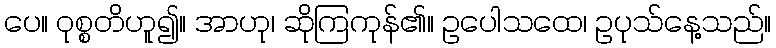
ပေ။ ဝုစ္စတိဟူ၍။ အာဟု၊ ဆိုကြကုန်၏။ ဥပေါသထေ၊ ဥပုသ်နေ့သည်။